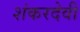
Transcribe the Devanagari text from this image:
शंकरदेवी